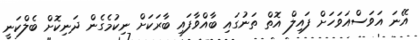
އޭނަ އަވަސްއަވަހަށް ފައިލް އޮތް ތަނުގައި ބާއްވާފައި ބާރަކަށް ނިކުމެގެން ދަނިކޮށް ބެލްކަނީ